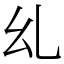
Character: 乣